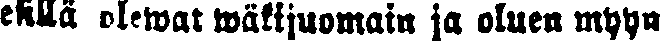
esillä olewat wäkijuomain ja oluen myyn